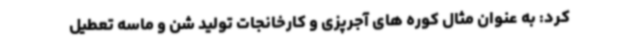
کرد: به عنوان مثال کوره های آجرپزی و کارخانجات تولید شن و ماسه تعطیل